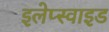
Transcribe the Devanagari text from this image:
इलेप्स्वाइड